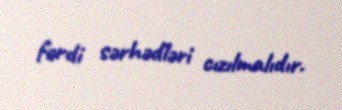
fərdi sərhədləri cızılmalıdır.